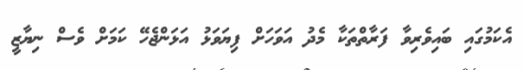
އެކަމުގައި ބައިވެރިވާ ފަރާތްތަކާ މެދު އަވަހަށް ފިޔަވަޅު އަޅަންޖެހޭ ކަމަށް ވެސް ނިޔާޒީ